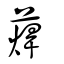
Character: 蔊